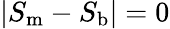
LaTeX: |S_{\mathrm{m}}-S_{\mathrm{b}}|=0